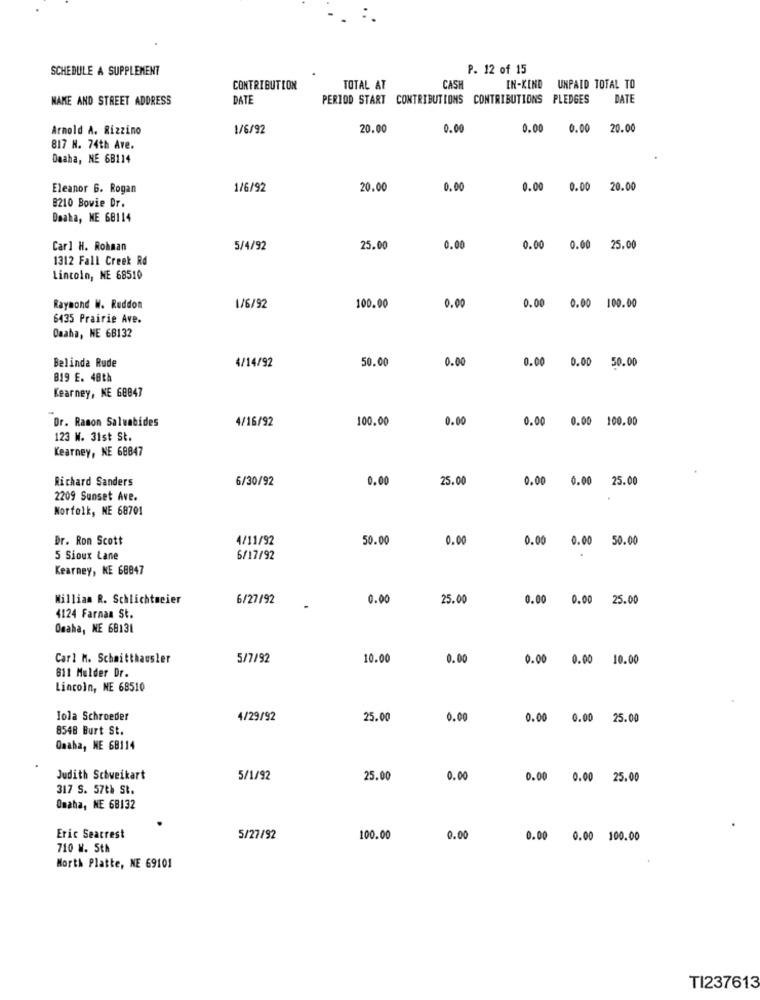
SCHEDULE A SUPPLEMENT
P. 12 of 15
CONTRIBUTION
TOTAL AT
CASH
IN-KIND UNPAID TOTAL TO
NAME AND STREET ADDRESS
DAT
PERIOD START CONTRIBUTIONS CONTRIBUTIONS PLEDGES
DATE
Arnold A. Rizzino
1/6/92
20.00
0.00
0.00
0.00
20.00
817 H. 74th Ave.
Daaha, NE 68114
Eleanor 6. Rogan
1/6/92
20.00
0.00
0.00 0.00 20.00
8210 Bowie Dr.
Daaha, ME 68114
Carl H. Rohman
5/4/92
25.00
0.00
0.00 0.00 25.00
1312 Fall Creek Rd
Lincoln, NE 68510
Raymond W. Reddon
1/6/92
100.00
0.00
0.00 0.00 100.00
6435 Prairie Ave.
Omaha, WE 68132
50.00
0.00
Belinda Rude
4/14/92
0.00 0.00 50.00
B19 E. 48th
Kearney, KE 68847
Dr. Ramon Saluabides
4/16/92
100.00
0.00
0.00 0.00 100.00
123 W. 31st St.
Kearney, NE 68847
Richard Sanders
6/30/92
0.00
25.00
0.00 0.00 25.00
2209 Sunset Ave.
Norfolk, NE 68701
Dr. Ron Scott
4/11/92
50.00
0.00
0.00 0.00 50.00
5 Sioux Lane
6/17/92
Kearney, KE 68847
William R. Schlichtmeier
6/27/92
0.00
25.00
0.00 0.00 25.00
4124 Farnaa St.
Omaha, NE 68131
Carl M. Schmitthausler
5/7/92
10.00
0.00
0.00 0.00 10.00
811 Mulder Dr.
Lincoln, NE 68510
Iola Schroeder
4/29/92
25.00
0.00
0.00 0.00 25.00
8548 Burt St.
Qaaha, NE 68114
Judith Schweikart
5/1/92
25.00
0.00
0.00 0.00 25.00
317 S. 57th St.
Omaha, NE 68132
Eric Seacrest
5/27/92
100.00
0.00
0.00 0.00 100.00
710 W. 5th
North Platte, NE 69101
TI237613